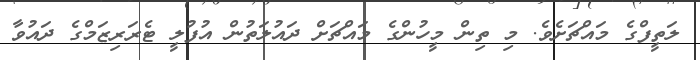
ލަތީފްގެ މައްޗަށެވެ. މި ތިން މީހުންގެ މައްޗަށް ދައުލަތުން އުފުލީ ޓެރަރިޒަމްގެ ދައުވާ